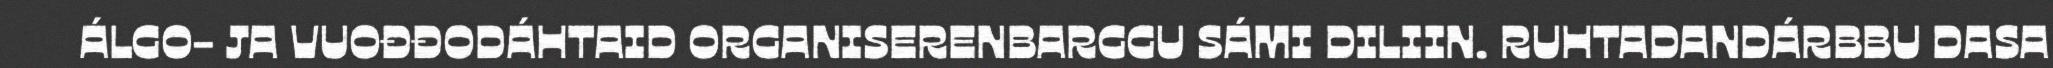
ÁLGO- JA VUOĐĐODÁHTAID ORGANISERENBARGGU SÁMI DILIIN. RUHTADANDÁRBBU DASA